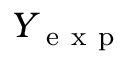
Y _ { \mathrm { ~ e ~ x ~ p ~ } }